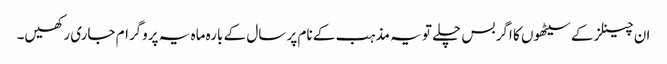
ان چینلز کے سیٹھوں کا اگر بس چلے تو یہ مذہب کے نام پر سال کے بارہ ماہ یہ پروگرام جاری رکھیں۔